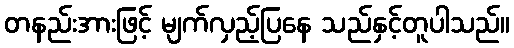
တနည်းအားဖြင့် မျက်လှည့်ပြနေ သည်နှင့်တူပါသည်။